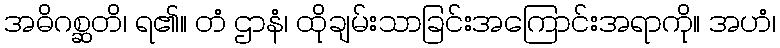
အဓိဂစ္ဆတိ၊ ရ၏။ တံ ဌာနံ၊ ထိုချမ်းသာခြင်းအကြောင်းအရာကို။ အဟံ၊